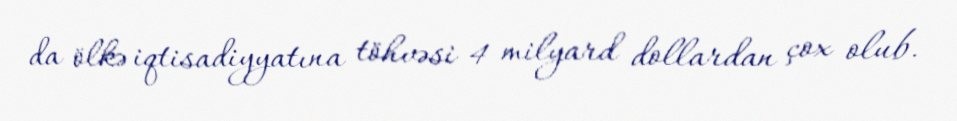
da ölkə iqtisadiyyatına töhvəsi 4 milyard dollardan çox olub.